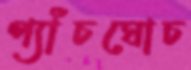
প্যাঁচঘোচ